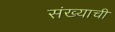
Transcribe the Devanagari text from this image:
संख्याची